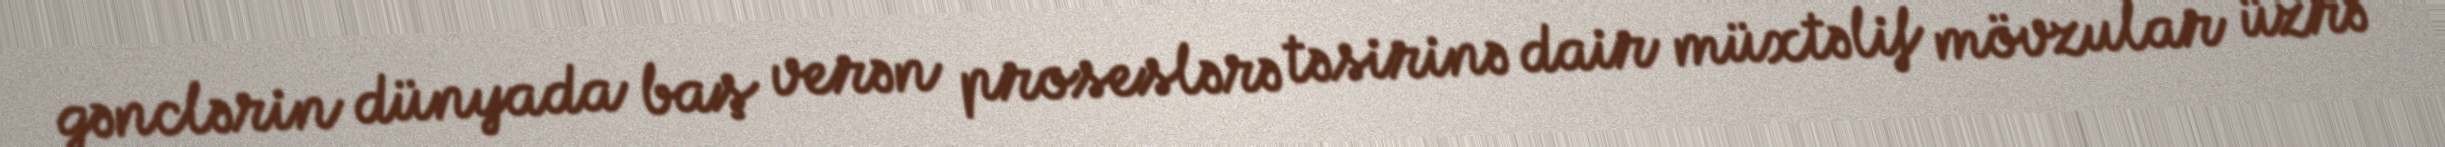
gənclərin dünyada baş verən proseslərə təsirinə dair müxtəlif mövzular üzrə